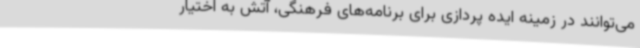
می‌توانند در زمینه ایده پردازی برای برنامه‌های فرهنگی، آتش به اختیار